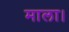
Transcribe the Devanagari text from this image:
माला।